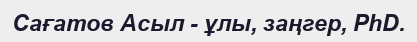
Сағатов Асыл - ұлы, заңгер, PhD.